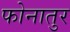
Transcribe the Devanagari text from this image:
फोनातुर